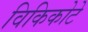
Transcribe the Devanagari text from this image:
विकिकोटे